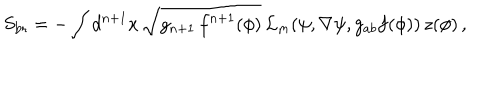
LaTeX: S _ { \mathrm { b r } } = - \int { d ^ { n + 1 } x \, \sqrt { g _ { n + 1 } \, f ^ { n + 1 } ( \phi ) } \, { \mathcal { L } } _ { m } ( \psi , \nabla \psi , g _ { a b } f ( \phi ) ) } \, z ( \phi ) \, ,